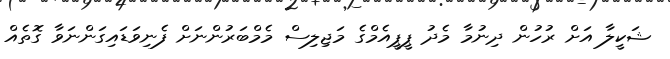
ޝަކީލާ އަށް ރުހުން ދިނުމާ މެދު ޕީޕީއެމްގެ މަޖިލިސް މެމްބަރުންނަށް ފެނިވަޑައިގަންނަވާ ގޮތެއް